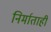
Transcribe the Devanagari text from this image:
निर्माताही